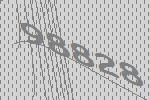
98828